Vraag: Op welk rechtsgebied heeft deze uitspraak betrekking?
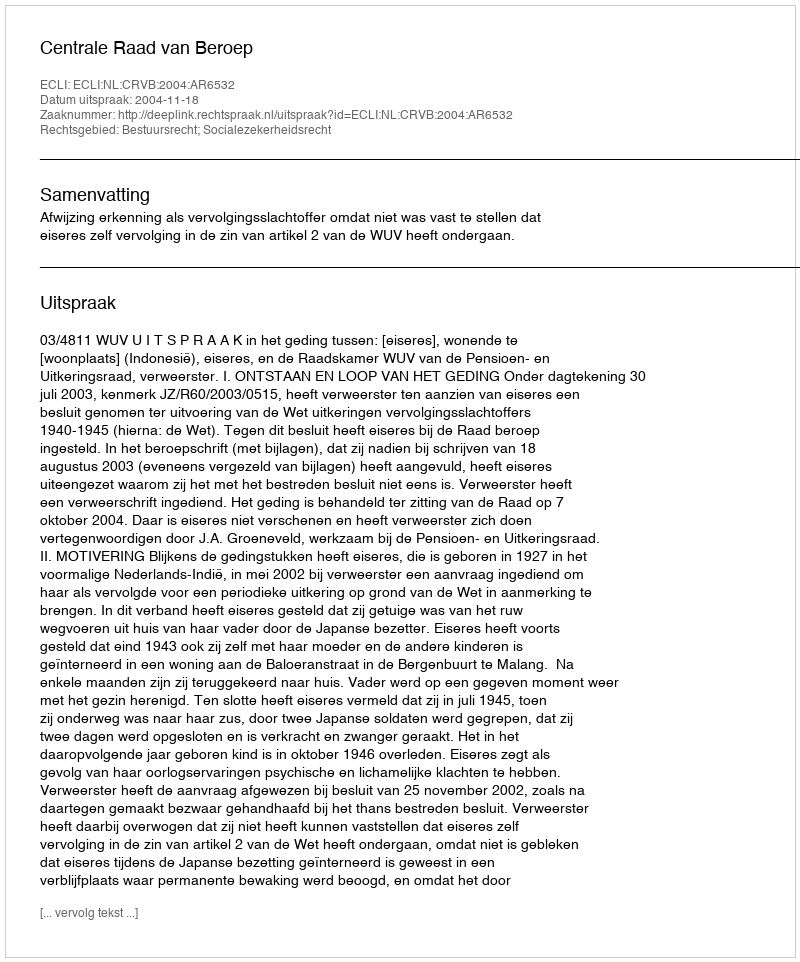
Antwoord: Bestuursrecht; Socialezekerheidsrecht